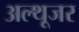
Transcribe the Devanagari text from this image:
अल्थूजर